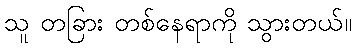
သူ တခြား တစ်နေရာကို သွားတယ်။